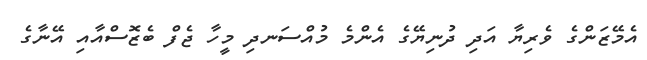
އެމޭޒަންގެ ވެރިޔާ އަދި ދުނިޔޭގެ އެންމެ މުއްސަނދި މީހާ ޖެފް ބެޒޮސްއާއި އޭނާގެ